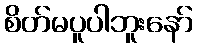
စိတ်မပူပါဘူးနော်